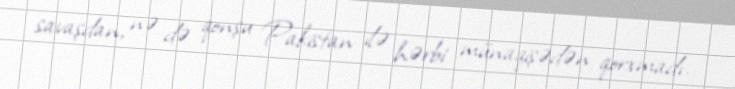
savaşdan, nə də qonşu Pakistan ilə hərbi münaqişədən qorxmadı.